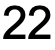
22